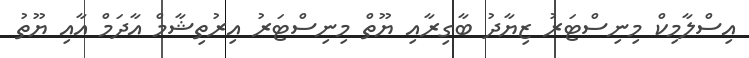
އިސްލާމިކް މިނިސްޓަރު ޒިޔާދު ބާގިރާއި ޔޫތް މިނިސްޓަރު އިރުތިޝާމް އާދަމް އާއި ޔޫތު